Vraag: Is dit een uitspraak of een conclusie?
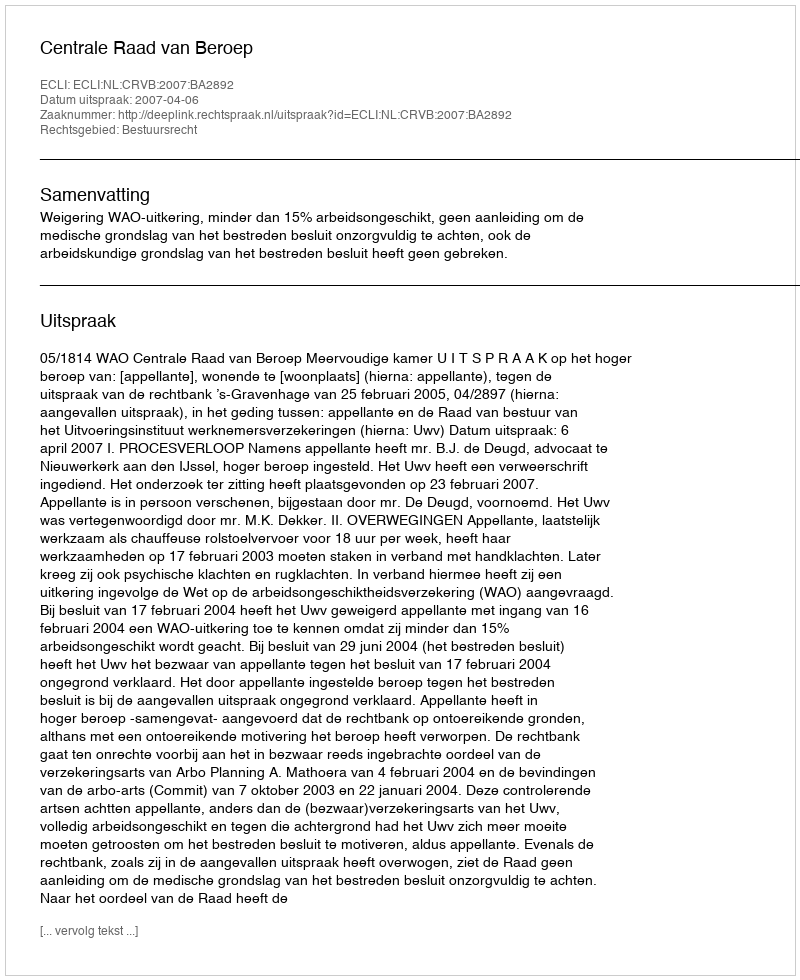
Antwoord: Uitspraak